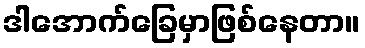
ဒါအောက်ခြေမှာဖြစ်နေတာ။